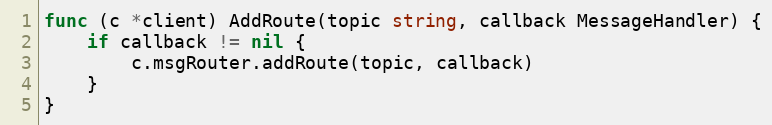
Language: Go
func (c *client) AddRoute(topic string, callback MessageHandler) {
	if callback != nil {
		c.msgRouter.addRoute(topic, callback)
	}
}